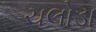
ચલોડા